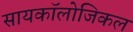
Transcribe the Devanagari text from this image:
सायकॉलोजिकल